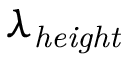
\lambda _ { \mathit { h e i g h t } }